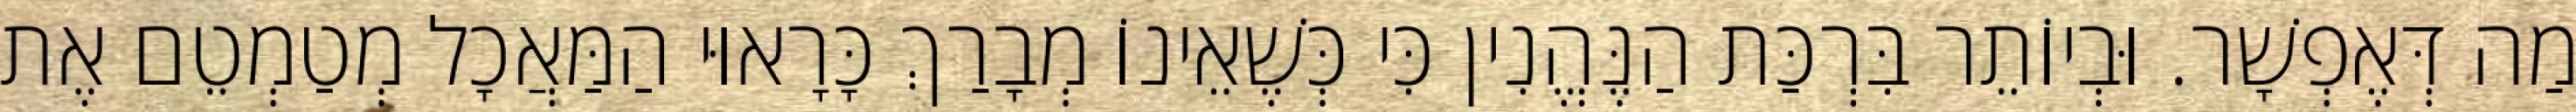
מַה דְּאֶפְשָׁר. וּבְיוֹתֵר בִּרְכַּת הַנֶּהֱנִין כִּי כְּשֶׁאֵינוֹ מְבָרַךְ כָּרָאוּי הַמַּאֲכָל מְטַמְטֵם אֶת